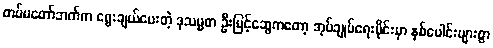
တပ်မတော်ဘက်က ရွေးချယ်ပေးတဲ့ ဒုသမ္မတ ဦးမြင့်ဆွေကတော့ အုပ်ချုပ်ရေးပိုင်းမှာ နှစ်ပေါင်းများစွာ